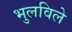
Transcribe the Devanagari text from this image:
भुलविले